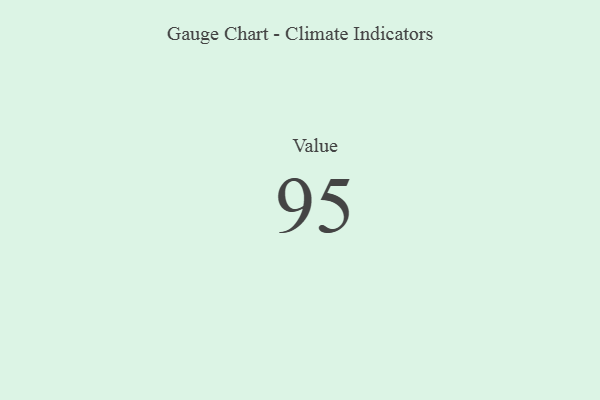
{"axis": {"x": "Metric", "y": "Value"}, "legend": [""], "data": [{"x": "Value", "y": 95, "type": ""}]}